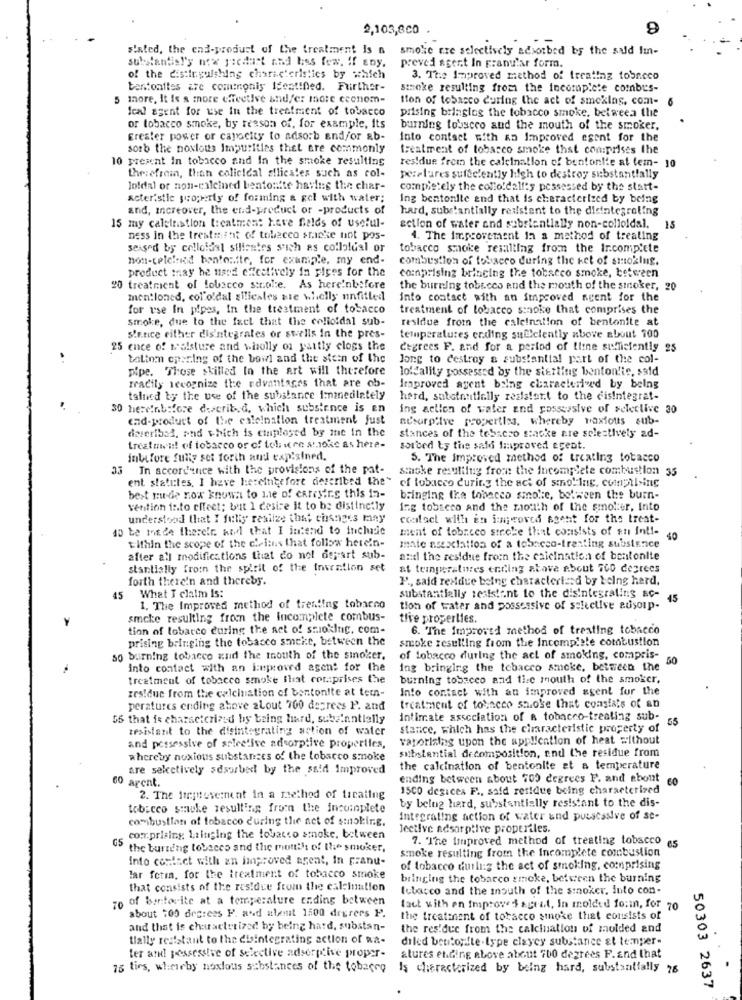
2,103,800
9
s'sted, the end-produst of the treatment is &
smoke ere selectively adsorbed by the sald Im-
substantis!'s now piedart and kiss few. If any.
preved agert In pranular form.
of the distinguishing characteristics by which
3. The Improved method of treating tobacco
bentonties are comingnis Identified. Further-
stoke resulting from the incomplete combus-
more, It is a more effective and/or more ccenom-
tion of tobacco during the act of smoking, com- 6
feel agent for use in the treatment of tobacco
prising bringleg the tobacco smoke, between the
or tobacco smoke, by reason of, for example, its
burning tobsceo and the mouth of the smoker.
Erester power or capacity to adsorb and/or ab-
Into contact with an Improved esent for the
sorb the noxious impurities thet ere commonly
treatment of tobacco smoke that comprises the
10 present In tobacco and In the smoke resulting
residue from the calcination of bentonlie at tem- 10
thesefrein, than colieldal silicales such as col-
perelures sufficiently high to destroy substantially
Jo!dal or non-eileined bentonite having the char-
completely the collo!dall's possessed by the start-
Acteristic suoperly of forming a gel with water;
Ing bentonite and that is characterized by being
and, increover, the end-product or -products of
hard, substantially resistent to the disintegrating
15 my caletnistion treatment have fields of useful-
action of water and substantially non-colloidal.
15
ness in the treatment of tobacco sracke not pos-
4. The improvement in a method of treating
seised by colloidal silicates such as collolual or
tobacco smoke resulting from the Ir.complete
non-telelniod bentonite, for example, my end-
combustion of tobacco during the ket of smoking.
product may be nard effectively in piges for the
comprising bringing the tobacco smoke, between
20 treatment of tobacco strofe. As here'nbefore
the burning tobacco end the mouth of the stoker, 20
mentioned, col'oldal silicales sie whelly nnfitted
into contact with an improved agent for the
for use in pipes, In the treatment of tobacco
treatment of tobacco snoke that comprises the
Smoke, due to the fact that the colloidal sub-
residue from the caleination of bentonite at
Sletice either dis'ntegrales or swells In the pres-
temperatures erding su@clently above about 700
25 ence of salsture and wholly on yaitly clogs the
degrees F. and for a period of tiene sufficiently 25
talinn cparing of the bowl and the stein of the
Jong to destroy a substantial part of the col-
pipe. Those skilled In the art will therefore
loldality possessed by the sitting benton!is, said
Fracily recognize the advantages that are ob-
Improved agent bring characterized by being
talned by the use of the substance Immediately
hard, satotnutially resistett to the cisintegrat-
30 hiereinbefore describ. d, which substance is en
ing action of water and possessive of selective 30
cad-product of the caleination treatment just
nesarpilve properties, whereby noxious sub-
dereribad, and which is ctuplayed by ine in the
stances of the tebsczo stacke are selectively ad-
treatment of tobacco or of tol ure smoke as here-
sorted by the sald Improved eceat.
inbefore fully set forth and exp'sined.
5. The Improved method of treating tobacco
3 In accordance with the provisions of the pat-
smoke resulting from the Incomplete combustion 35
ent statutes, I have hiereinigefort described the"
of tobacco during the act of sino! Ing. compil ing
best mu-de now known to me of carrying this in-
bringing the tobacco smoke, between the burn-
vention into effect; but I desire it to be distinctly
ing tobacco and the mouth of the smoker, Into
understood that I fully realize that changes may
contact with en improved sgeht for the treat-
40 te motde therele and that I intend to inchaic
ment of tobacco stroke that consists of en Inti-
tithin the scope of the cieinns that follow here'n-
40
mate association of a tobacco-treating substance
after all modifications that do not depart sub-
and the residue froin the calcination of bentonite
stantially from the spirit of the Invention set
at temperatures ending above about 700 degrees
forth there'n and thereby.
P ., said residue being characterized by being hard,
45 What I claim Is:
substantially resistant to the disintegrating ac-
45
1. The Improves method of treating tobacco
tion of water and possessive of selective ausoup-
smoke resulting from the Incomplete combus-
tive properties.
tion of lobarco during the act of smoking, com-
6. The Improved method of treating tobacco
prising bringing the tobacco sineke, between the
smoke resulting from the Incomplete combustion
so burning tobacco and the mouth of the smoker.
of tobacco during the act of smoking, compris-
.50
into contact with an improved agent for the
ing bringing the tobacco smoke, between the
treatment of tobacco smoke fliat cor .: prises the
burning tobacco and tice mouth of the smoker,
zes!due from the calcination of bentonite at tem-
Into contact with an improved agent for the
peratures ending above alout 700 degrees P. and
treatment of tobacco shoke that consists of an
55 that is characterized by being hard, subzinntially
Intimate association of a tobacco-treating sub-
55
resistant to the disintegrating action of water
stance, which has the characteristic property of
vaporizing upon the application of heat without
and possessive of spicetive adeorptive properties,
substantial decomposition, and the residue from
whereby noxious substances of the tobacco smoke
are selectively sesorbed by the said Improved
the calcination of bentonite at a temperature
60 agent.
ending between about 700 degrees F. and about
60
15CO degices F ., said residue being characterized
2. The firsteverment in a method of ticating
by being hard, substantially resistant to the dis-
tobacco smoke resulting from the incomplete
comibustian of tobacco during the act of smoking.
Integrating action of water and puescssive of se-
Jective acsarptive properiles.
comprising 1;ringing the tobacco smoke, between
7. The improved method of treating tobacco e
GS the burseng tobacco and the month of the smoker,
smoke resulting from the Incomplete combustion
into contact with an improved agent, In Franu-
of tobacco duili:g the act of smoking, comprising
lar fetin, for the treatment of tobacco smoke
bringing the tobacco smoke, between the burning
that consists of the residue from the caleinution
Ictarco and the mouth of the smoker, luto con-
zo of bertovite at a temperature ending between
fact with en Improve & sprat, In molded form, for 70
about 100 degrees F. and atemat 1500 degrees P.
the treatment of tobacco smoke that consists of
and that is characterized by being hard, substan-
the res'due from the calcination of molded and
tially resistant to the disintegrating action of Ra-
diled bentonfte .type claycy substance at temper-
ter and possessive of selective adsorgive proper-
atures ending above about 700 degrees F.and that
as tirs, whimeby noxious substances of the tobacco Is characterized by being hard, substantially 78
50303 2637